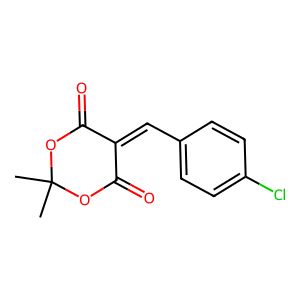
SMILES: CC1(C)OC(=O)C(=Cc2ccc(Cl)cc2)C(=O)O1
Inhibits HIV replication: No